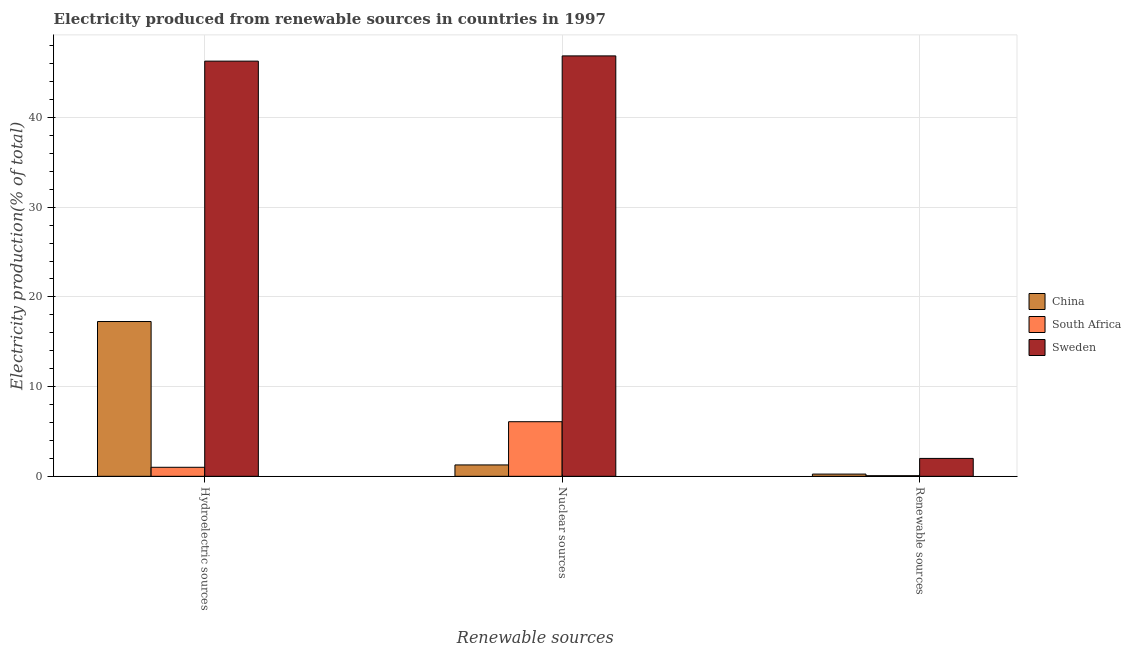
| Renewable sources | China | South Africa | Sweden |
 | --- | --- | --- | --- |
 | Hydroelectric sources | 17.3 | 1.01 | 46.3 |
 | Nuclear sources | 1.27 | 6.09 | 46.9 |
 | Renewable sources | 0.249 | 0.0703 | 2 |